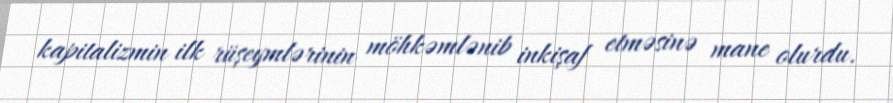
kapitalizmin ilk rüşeymlərinin möhkəmlənib inkişaf etməsinə mane olurdu.